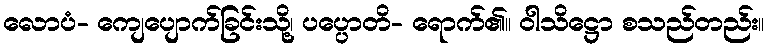
လောပံ- ကျေပျောက်ခြင်းသို့၊ ပပ္ပောတိ- ရောက်၏။ ဝါသိဋ္ဌော စသည်တည်း။